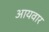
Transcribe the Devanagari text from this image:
आयवार